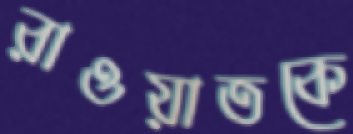
রাওয়াতকে